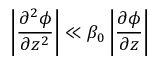
\left| \frac { \partial ^ { 2 } \phi } { \partial z ^ { 2 } } \right| \ll \beta _ { 0 } \left| \frac { \partial \phi } { \partial z } \right|